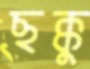
ছক্কু